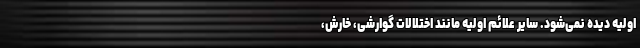
اولیه دیده نمی‌شود. سایر علائم اولیه مانند اختلالات گوارشی، خارش،